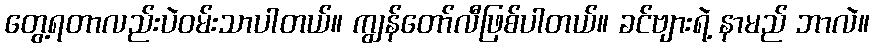
တွေ့ရတာလည်းပဲဝမ်းသာပါတယ်။ ကျွန်တော်လီဖြစ်ပါတယ်။ ခင်ဗျားရဲ့ နာမည် ဘာလဲ။